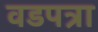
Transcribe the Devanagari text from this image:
वडपत्रा